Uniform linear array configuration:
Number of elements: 32
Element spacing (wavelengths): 0.5
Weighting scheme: cosine
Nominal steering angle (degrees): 30
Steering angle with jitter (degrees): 31.599
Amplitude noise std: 0.05
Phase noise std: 0.05

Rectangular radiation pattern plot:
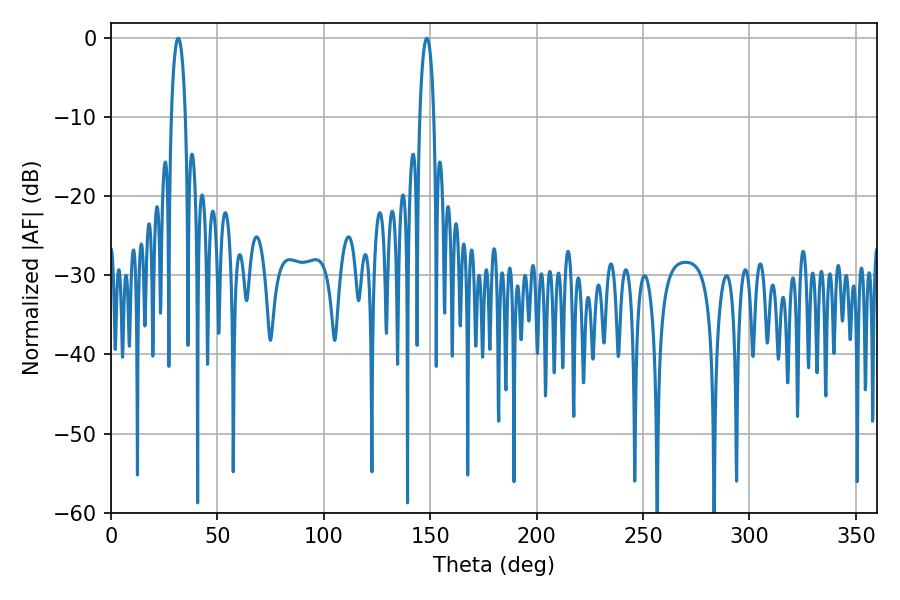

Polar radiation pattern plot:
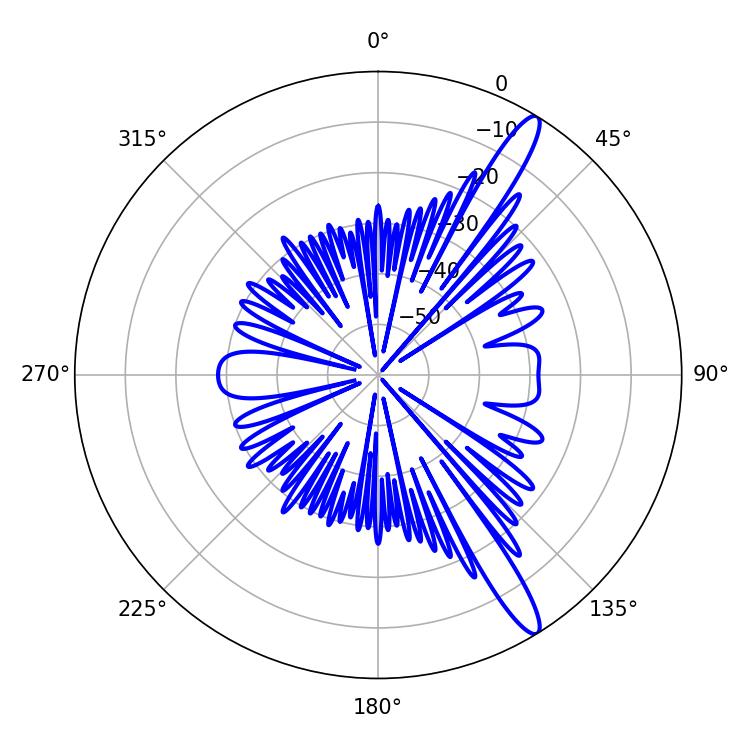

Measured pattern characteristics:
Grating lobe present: FALSE
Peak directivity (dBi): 14.106
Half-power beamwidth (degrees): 3.78
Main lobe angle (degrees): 148.32